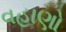
વહાણો